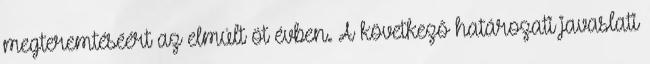
megteremtéséért az elmúlt öt évben. A következő határozati javaslati